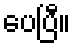
ပေပြီ။